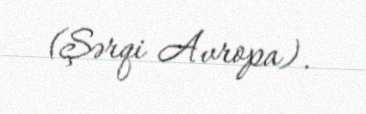
(Şərqi Avropa).